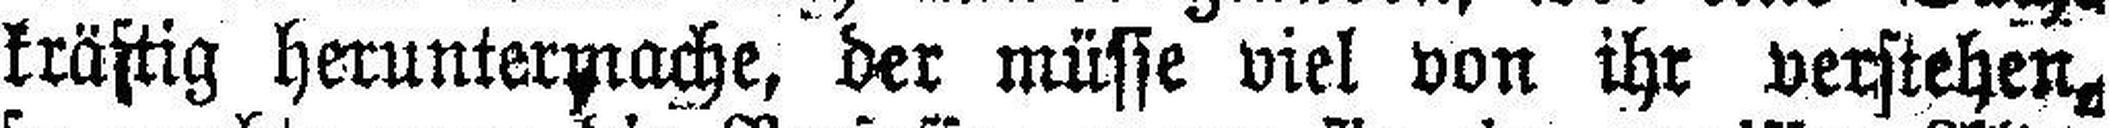
kräftig heruntermache, der müsse viel von ihr verstehen